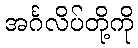
အင်္ဂလိပ်တို့ကို